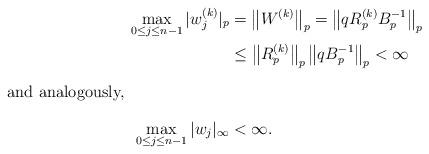
LaTeX: \begin{align*}\max_{0\leq j\leq n-1}|w_{j}^{(k)}|_p&=\left\|W^{(k)}\right\|_p=\left\|q R_p^{(k)} B_p^{-1}\right\|_p\\&\leq\left\|R_p^{(k)}\right\|_p\left\|q B_p^{-1}\right\|_p<\infty\intertext{and analogously,}\max_{0\leq j\leq n-1}|w_{j}|_\infty&<\infty.\end{align*}